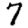
Digit: 7